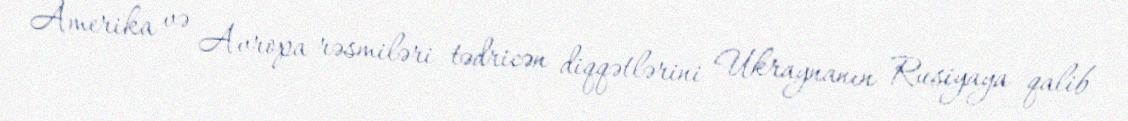
Amerika və Avropa rəsmiləri tədricən diqqətlərini Ukraynanın Rusiyaya qalib